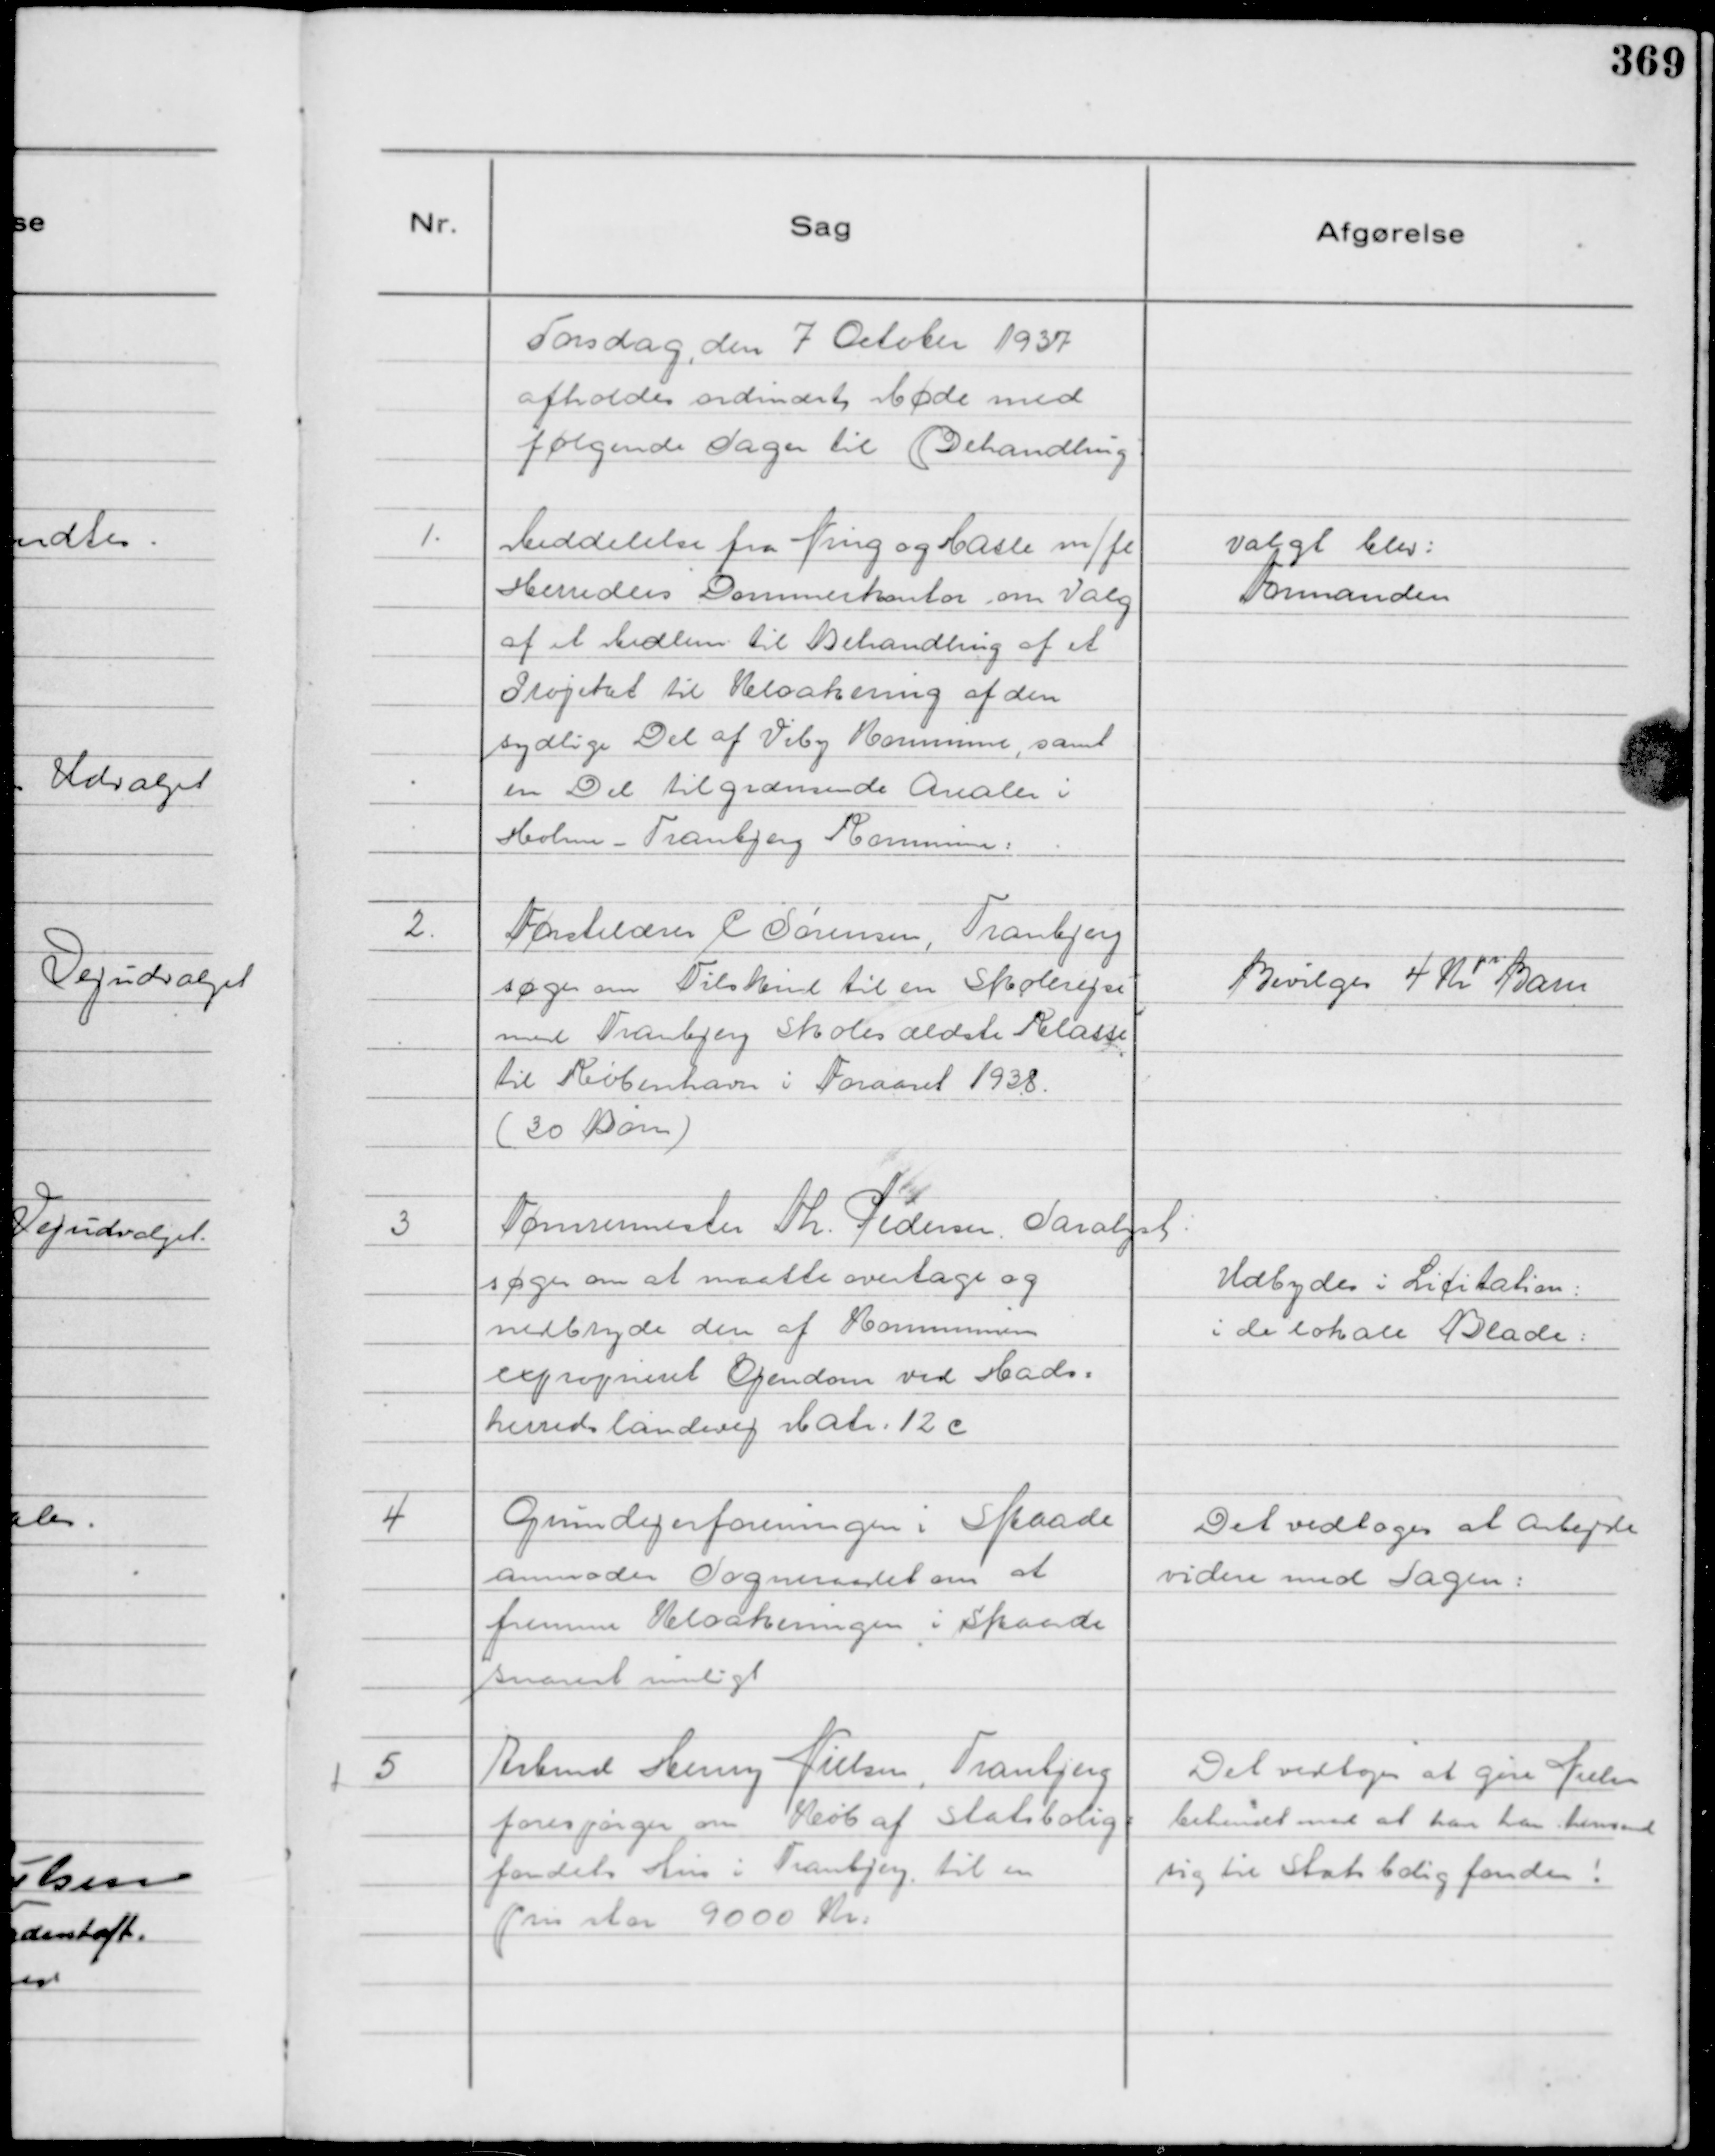
Transskription:
Torsdag den 7 October 1937
afholdes ordinært Møde med
følgende Sager til Behandling

1.
Meddelelse fra Ning og Hasle m/fl
Herreders Dommerkontor om Valg
af et Medlem til Behandling af et
Projekt til Kloakering af den
sydlige Del af Viby Kommune, samt
en Del tilgrænsende Arealer i
Holme - Tranbjerg Kommune:

Valgt blev:
Formanden

2.
Førstelærer C Sørensen, Tranbjerg
søger om Tilskud til en Skolerejse
med Tranbjerg Skoles ældste Klasse
til København i Foraaret 1938.
( 30 Børn )

Bevilges 4 Kr
pr.
Barn

3
Tømrermester Th. Pedersen. Saralyst:
søger om at maatte overtage og
nedbryde den af Kommunen
exproprieret Ejendom ved Hads=
herreds landevej Matr: 12 c

Udbydes i Licitation:
i de lokale Blade:

4
Grundejerforeningen i Skaade
anmoder Sogneraadet om at
fremme Kloakeringen i Skaade
snarest muligt

Det vedtoges at arbejde
videre med Sagen:

5
Arbmd Henry Nielsen, Tranbjerg
forespørger om Køb af Statsbolig=
fondets Hus i Tranbjerg. til en
pris stor 9000 Kr:

Det vedtoges at gøre Nielsen
bekendt med at han kan henvende
sig til Statsboligfonden!